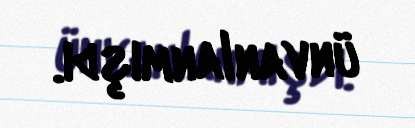
ünvanlanmışdı.